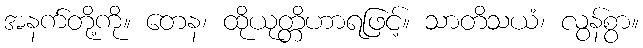
အနက်တို့ကို။ တေန၊ ထိုယုတ္တိဟာရဖြင့်။ သာတိသယံ၊ လွန်စွာ။